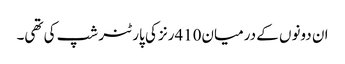
ان دونوں کے درمیان410رنز کی پارٹنر شپ کی تھی۔